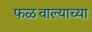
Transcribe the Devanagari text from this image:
फळवाल्याच्या